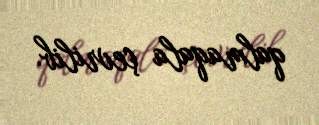
qalmaqala çevrilib.